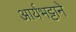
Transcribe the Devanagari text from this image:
आर्यभट्टाने